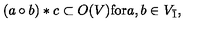
( a \circ b ) * c \subset O ( V ) \mathrm { f o r } a , b \in V _ { \bar { 1 } } ,